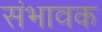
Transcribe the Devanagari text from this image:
संभावक